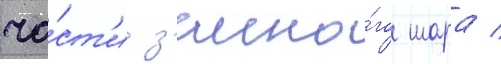
ча́ст'и з'емно́го шара /